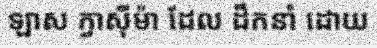
ឡាស ក្វាស៊ីម៉ា ដែល ដឹកនាំ ដោយ